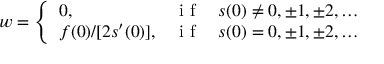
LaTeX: w = \left\{ \begin{array} { l l } { { 0 , } } & { { { \textrm { i f } } \quad s ( 0 ) \ne 0 , \pm 1 , \pm 2 , \ldots } } \\ { { f ( 0 ) / [ 2 s ^ { \prime } ( 0 ) ] , } } & { { { \textrm { i f } } \quad s ( 0 ) = 0 , \pm 1 , \pm 2 , \ldots } } \end{array} \right.